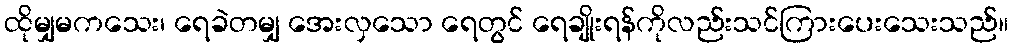
ထိုမျှမကသေး၊ ရေခဲတမျှ အေးလှသော ရေတွင် ရေချိုးရန်ကိုလည်းသင်ကြားပေးသေးသည်။